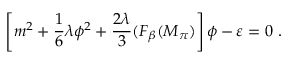
\left[ m ^ { 2 } + \frac { 1 } { 6 } \lambda \phi ^ { 2 } + \frac { 2 \lambda } { 3 } ( F _ { \beta } ( M _ { \pi } ) \right] \phi - \varepsilon = 0 ~ .